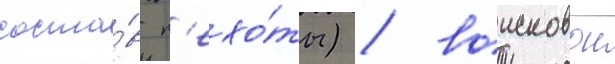
соста́в п'ехо́ты) / воисковои